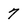
Character: 7